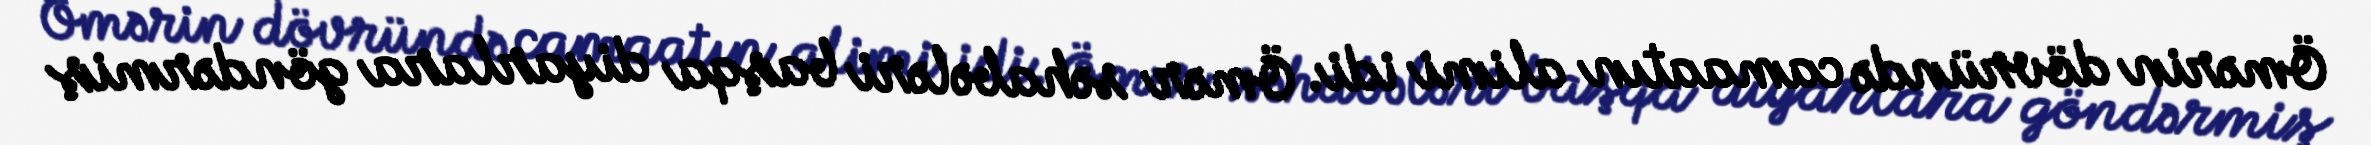
Ömərin dövründə camaatın alimi idi. Ömər səhabələri başqa diyarlara göndərmiş